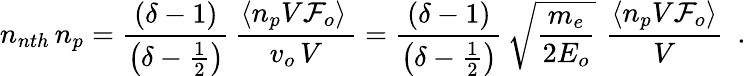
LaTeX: n_{nth}\, n_{p}=\frac{(\delta-1)}{\left(\delta-\frac{1}{2}\right)}\, \frac{\langle n_{p}V{\cal F}_{o}\rangle\, }{v_{o}\, V}=\frac{(\delta-1)}{\left(\delta-\frac{1}{2}\right)}\, \sqrt{\frac{m_{e}}{2E_{o}}}\, \, \frac{\langle n_{p}V{\cal F}_{o}\rangle}{V}\, \, \, .